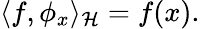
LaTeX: \langle f,\phi_{x}\rangle_{\mathcal{H}}=f(x).